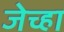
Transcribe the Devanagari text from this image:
जेच्हा